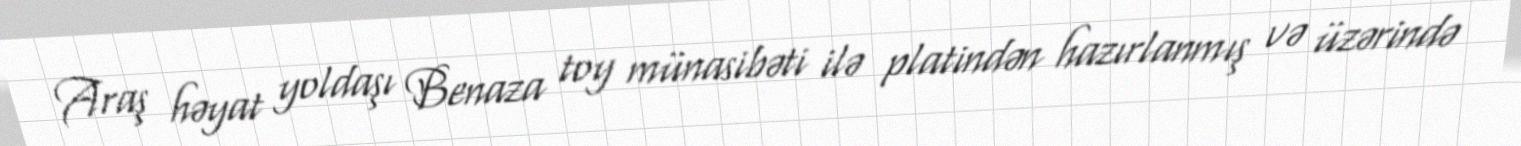
Araş həyat yoldaşı Benaza toy münasibəti ilə platindən hazırlanmış və üzərində